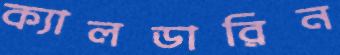
ক্যালডারিন